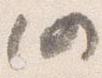
仍